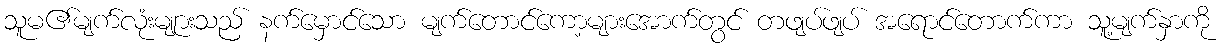
သူမ၏မျက်လုံးမျုားသည် နက်မှောင်သော မျက်တောင်ကော့များအောက်တွင် တဖျပ်ဖျပ် အရောင်တောက်ကာ သူ့မျက်နှာကို